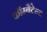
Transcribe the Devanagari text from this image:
कॉम्बैटेन्ट